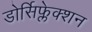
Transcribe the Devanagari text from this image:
डोर्सिफ्लेक्शन